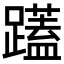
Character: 𮜝